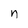
Character: n